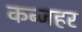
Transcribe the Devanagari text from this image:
कब्जहर